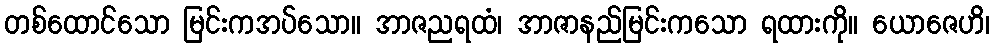
တစ်ထောင်သော မြင်းကအပ်သော။ အာဇညရထံ၊ အာဇာနည်မြင်းကသော ရထားကို။ ယောဇေဟိ၊